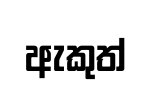
ඇකුත්